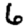
Digit: 6